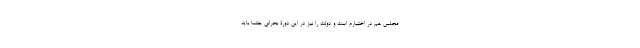
مجلس هم در اختیارم است و دولت را نیز در این دورۀ بحرانی حتما باید